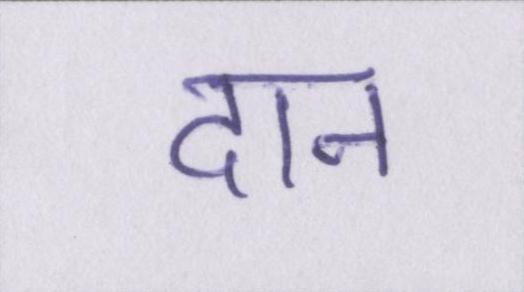
दान